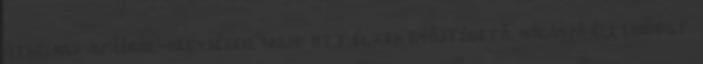
átkelnek az Ural-hegységen, majd ott éltek gyűjtögető, halászó életmódot.